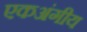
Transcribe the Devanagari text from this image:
एकअंगीय